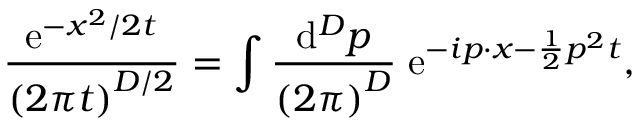
\frac { \mathrm { e } ^ { - x ^ { 2 } / 2 t } } { \left( 2 \pi t \right) ^ { D / 2 } } = \int \frac { \mathrm { d } ^ { D } p } { \left( 2 \pi \right) ^ { D } } \; \mathrm { e } ^ { - i p \cdot x - \frac 1 2 p ^ { 2 } t } ,